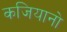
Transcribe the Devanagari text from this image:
कजियानो